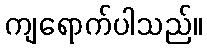
ကျရောက်ပါသည်။